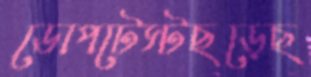
ডোপটেস্টছড়েছ